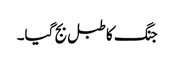
جنگ کا طبل بج گیا۔